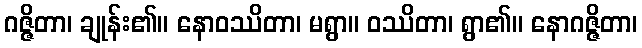
ဂဇ္ဇိတာ၊ ချုန်း၏။ နောဝဿိတာ၊ မရွာ။ ဝဿိတာ၊ ရွာ၏။ နောဂဇ္ဇိတာ၊